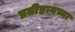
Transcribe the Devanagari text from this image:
प्रतीष्ठानच्या